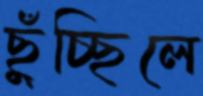
ছুঁচ্ছিলে